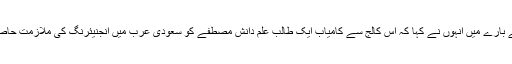
مسلم طلبہ کے بارے میں انہوں نے کہا کہ اس کالج سے کامیاب ایک طالب علم دانش مصطفے کو سعودی عرب میں انجنیئرنگ کی ملازمت حاصل ہوئی ہے ۔